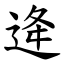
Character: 逄